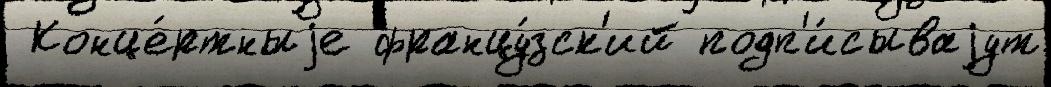
 Конце́ртныjе францу́зск'ий подп'и́сываjут